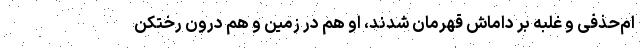
ام‌حذفی و غلبه بر داماش قهرمان شدند، او هم در زمین و هم درون رختکن